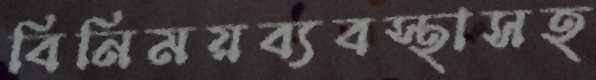
বিনিময়ব্যবস্থাসহ